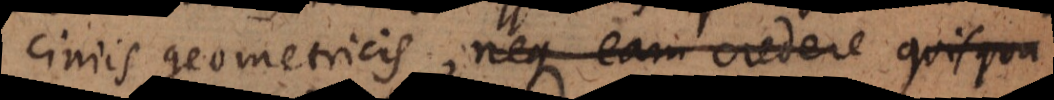
ciniis geometricis, neque eam credere quisqua